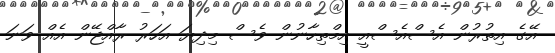
އޭގެ އިތުރުން އެސްއެސްއީ އިމްތިހާނުން ވެސް މިދިޔަ އަހަރު ރާއްޖޭން އެއް ވަނަ